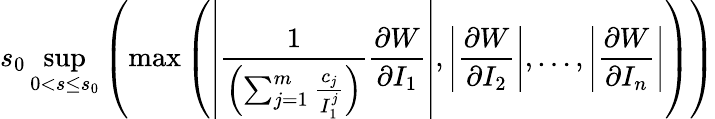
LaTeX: \displaystyle s_{0}\operatorname*{sup}_{0<s\leq s_{0}}\left(\operatorname*{max}\left(\left|\frac{1}{\left(\sum_{j=1}^{m}\frac{c_{j}}{I_{1}^{j}}\right)}\frac{\partial W}{\partial I_{1}}\right|,\left|\frac{\partial W}{\partial I_{2}}\right|,\ldots,\left|\frac{\partial W}{\partial I_{n}}\right|\right)\right)